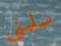
سلمني